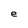
Character: e